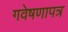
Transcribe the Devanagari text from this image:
गवेषणापत्र